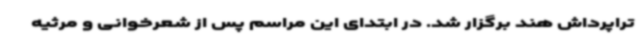
تراپرداش هند برگزار شد. در ابتدای این مراسم پس از شعرخوانی و مرثیه